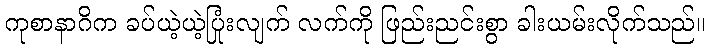
ကုစာနာဂိက ခပ်ယဲ့ယဲ့ပြုံးလျက် လက်ကို ဖြည်းညင်းစွာ ခါးယမ်းလိုက်သည်။